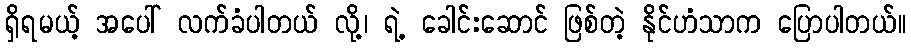
ရှိရမယ့် အပေါ် လက်ခံပါတယ် လို့၊ ရဲ့ ခေါင်းဆောင် ဖြစ်တဲ့ နိုင်ဟံသာက ပြောပါတယ်။